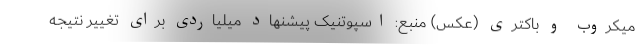
میکروب و باکتری (عکس) منبع: اسپوتنیک پیشنهاد میلیاردی برای تغییر نتیجه